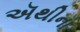
ઍથીના